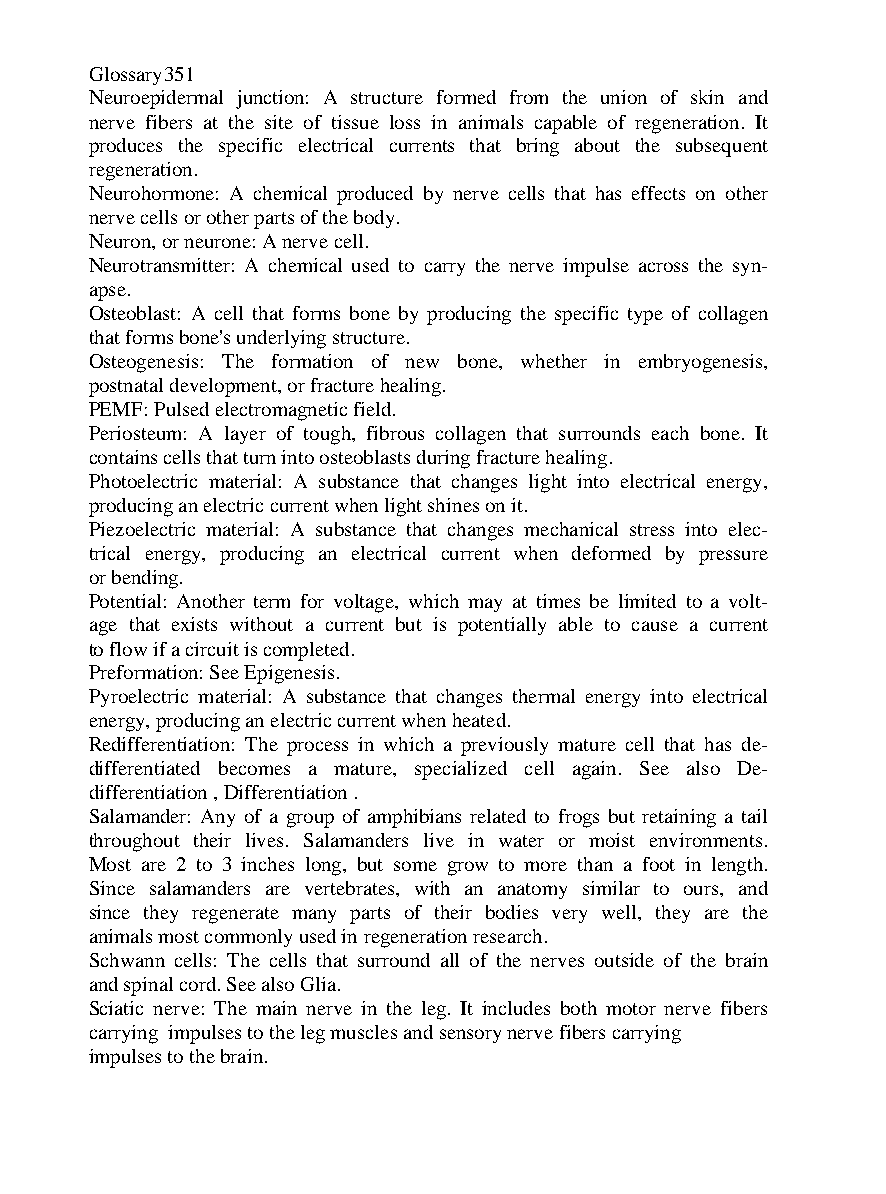
Glossary 351
 Neuroepidermal junction: A structure formed from the union of skin and
 nerve fibers at the site of tissue loss in animals capable of regeneration. It
 produces the specific electrical currents that bring about the subsequent
 regeneration.
 Neurohormone: A chemical produced by nerve cells that has effects on other
 nerve cells or other parts of the body.
 Neuron, or neurone: A nerve cell.
 Neurotransmitter: A chemical used to carry the nerve impulse across the syn-
 apse.
 Osteoblast: A cell that forms bone by producing the specific type of collagen
 that forms bone's underlying structure.
 Osteogenesis: The formation of new bone, whether in embryogenesis,
 postnatal development, or fracture healing.
 PEMF: Pulsed electromagnetic field.
 Periosteum: A layer of tough, fibrous collagen that surrounds each bone. It
 contains cells that turn into osteoblasts during fracture healing.
 Photoelectric material: A substance that changes light into electrical energy,
 producing an electric current when light shines on it.
 Piezoelectric material: A substance that changes mechanical stress into elec-
 trical energy, producing an electrical current when deformed by pressure
 or bending.
 Potential: Another term for voltage, which may at times be limited to a volt-
 age that exists without a current but is potentially able to cause a current
 to flow if a circuit is completed.
 Preformation: See Epigenesis.
 Pyroelectric material: A substance that changes thermal energy into electrical
 energy, producing an electric current when heated.
 Redifferentiation: The process in which a previously mature cell that has de-
 differentiated becomes a mature, specialized cell again. See also De-
 differentiation , Differentiation .
 Salamander: Any of a group of amphibians related to frogs but retaining a tail
 throughout their lives. Salamanders live in water or moist environments.
 Most are 2 to 3 inches long, but some grow to more than a foot in length.
 Since salamanders are vertebrates, with an anatomy similar to ours, and
 since they regenerate many parts of their bodies very well, they are the
 animals most commonly used in regeneration research.
 Schwann cells: The cells that surround all of the nerves outside of the brain
 and spinal cord. See also Glia.
 Sciatic nerve: The main nerve in the leg. It includes both motor nerve fibers
 carrying impulses to the leg muscles and sensory nerve fibers carrying
 impulses to the brain.